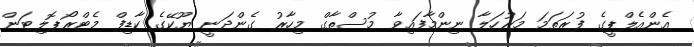
އެންއެލްޕީގެ ފުރަތަަމަ މަރުހަލާ ނިންމާފައިވާ މުސްތާގް މިހާރު ގެންދަނީ ޔޫކޭގެ ކާޑިފް މެޓްރޯޕޮލިޓަން